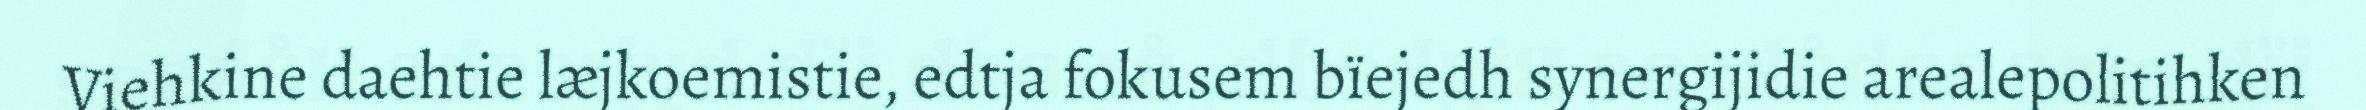
Viehkine daehtie læjkoemistie, edtja fokusem bïejedh synergijidie arealepolitihken